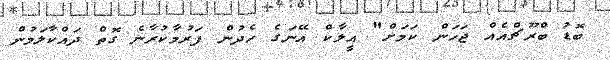
ބޮޑު ބްރޫޗްއެއް ޖަހަން ކަމަށް" އީލާކް އޭނަގެ ހެދުން ފަރުމާކުރާނެ ގޮތް ދައްކާލަމުން